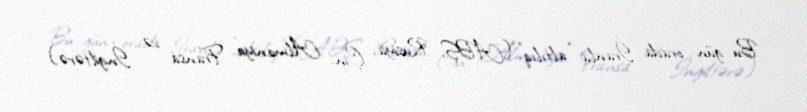
Bu gün orada İranla “altılıq” (ABŞ, Rusiya, Çin, Almaniya, Fransa və İngiltərə)